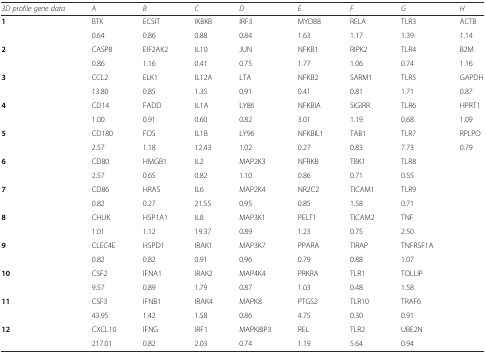
<table><thead><tr><td><b><i>3D profile gene data</i></b></td><td><b><i>A</i></b></td><td><b><i>B</i></b></td><td><b><i>C</i></b></td><td><b><i>D</i></b></td><td><b><i>E</i></b></td><td><b><i>F</i></b></td><td><b><i>G</i></b></td><td><b><i>H</i></b></td></tr></thead><tbody><tr><td rowspan="2"><b>1</b></td><td>BTK</td><td>ECSIT</td><td>IKBKB</td><td>IRF3</td><td>MYD88</td><td>RELA</td><td>TLR3</td><td>ACTB</td></tr><tr><td>0.64</td><td>0.86</td><td>0.88</td><td>0.84</td><td>1.63</td><td>1.17</td><td>1.39</td><td>1.14</td></tr><tr><td rowspan="2"><b>2</b></td><td>CASP8</td><td>EIF2AK2</td><td>IL10</td><td>JUN</td><td>NFKB1</td><td>RIPK2</td><td>TLR4</td><td>B2M</td></tr><tr><td>0.86</td><td>1.16</td><td>0.41</td><td>0.75</td><td>1.77</td><td>1.06</td><td>0.74</td><td>1.16</td></tr><tr><td rowspan="2"><b>3</b></td><td>CCL2</td><td>ELK1</td><td>IL12A</td><td>LTA</td><td>NFKB2</td><td>SARM1</td><td>TLR5</td><td>GAPDH</td></tr><tr><td>13.80</td><td>0.85</td><td>1.35</td><td>0.91</td><td>0.41</td><td>0.81</td><td>1.71</td><td>0.87</td></tr><tr><td rowspan="2"><b>4</b></td><td>CD14</td><td>FADD</td><td>IL1A</td><td>LY86</td><td>NFKBIA</td><td>SIGIRR</td><td>TLR6</td><td>HPRT1</td></tr><tr><td>1.00</td><td>0.91</td><td>0.60</td><td>0.82</td><td>3.01</td><td>1.19</td><td>0.68</td><td>1.09</td></tr><tr><td rowspan="2"><b>5</b></td><td>CD180</td><td>FOS</td><td>IL1B</td><td>LY96</td><td>NFKBIL1</td><td>TAB1</td><td>TLR7</td><td>RPLPO</td></tr><tr><td>2.57</td><td>1.18</td><td>12.43</td><td>1.02</td><td>0.27</td><td>0.83</td><td>7.73</td><td>0.79</td></tr><tr><td rowspan="2"><b>6</b></td><td>CD80</td><td>HMGB1</td><td>IL2</td><td>MAP2K3</td><td>NFRKB</td><td>TBK1</td><td>TLR8</td><td rowspan="2"></td></tr><tr><td>2.57</td><td>0.65</td><td>0.82</td><td>1.10</td><td>0.86</td><td>0.71</td><td>0.55</td></tr><tr><td rowspan="2"><b>7</b></td><td>CD86</td><td>HRAS</td><td>IL6</td><td>MAP2K4</td><td>NR2C2</td><td>TICAM1</td><td>TLR9</td><td rowspan="2"></td></tr><tr><td>0.82</td><td>0.27</td><td>21.55</td><td>0.95</td><td>0.85</td><td>1.58</td><td>0.71</td></tr><tr><td rowspan="2"><b>8</b></td><td>CHUK</td><td>HSP1A1</td><td>IL8</td><td>MAP3K1</td><td>PELT1</td><td>TICAM2</td><td>TNF</td><td rowspan="2"></td></tr><tr><td>1.01</td><td>1.12</td><td>19.37</td><td>0.89</td><td>1.23</td><td>0.75</td><td>2.50</td></tr><tr><td rowspan="2"><b>9</b></td><td>CLEC4E</td><td>HSPD1</td><td>IRAK1</td><td>MAP3K7</td><td>PPARA</td><td>TIRAP</td><td>TNFRSF1A</td><td rowspan="2"></td></tr><tr><td>0.82</td><td>0.82</td><td>0.91</td><td>0.96</td><td>0.79</td><td>0.88</td><td>1.07</td></tr><tr><td rowspan="2"><b>10</b></td><td>CSF2</td><td>IFNA1</td><td>IRAK2</td><td>MAP4K4</td><td>PRKRA</td><td>TLR1</td><td>TOLLIP</td><td rowspan="2"></td></tr><tr><td>9.57</td><td>0.89</td><td>1.79</td><td>0.87</td><td>1.03</td><td>0.48</td><td>1.58</td></tr><tr><td rowspan="2"><b>11</b></td><td>CSF3</td><td>IFNB1</td><td>IRAK4</td><td>MAPK8</td><td>PTGS2</td><td>TLR10</td><td>TRAF6</td><td rowspan="2"></td></tr><tr><td>43.95</td><td>1.42</td><td>1.58</td><td>0.86</td><td>4.75</td><td>0.30</td><td>0.91</td></tr><tr><td rowspan="2"><b>12</b></td><td>CXCL10</td><td>IFNG</td><td>IRF1</td><td>MAPK8IP3</td><td>REL</td><td>TLR2</td><td>UBE2N</td><td rowspan="2"></td></tr><tr><td>217.01</td><td>0.82</td><td>2.03</td><td>0.74</td><td>1.19</td><td>5.64</td><td>0.94</td></tr></tbody></table>